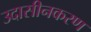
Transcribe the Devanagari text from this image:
उदासीनकरण